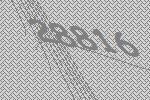
28816